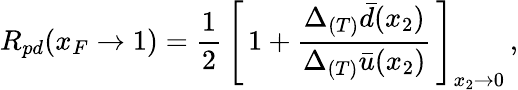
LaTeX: R_{pd}(x_{F}\rightarrow 1)=\frac{1}{2}\, \left[\, 1+\frac{\Delta_{(T)}\bar{d}(x_{2})}{\Delta_{(T)}\bar{u}(x_{2})}\, \right]_{x_{2}\rightarrow 0}\, ,